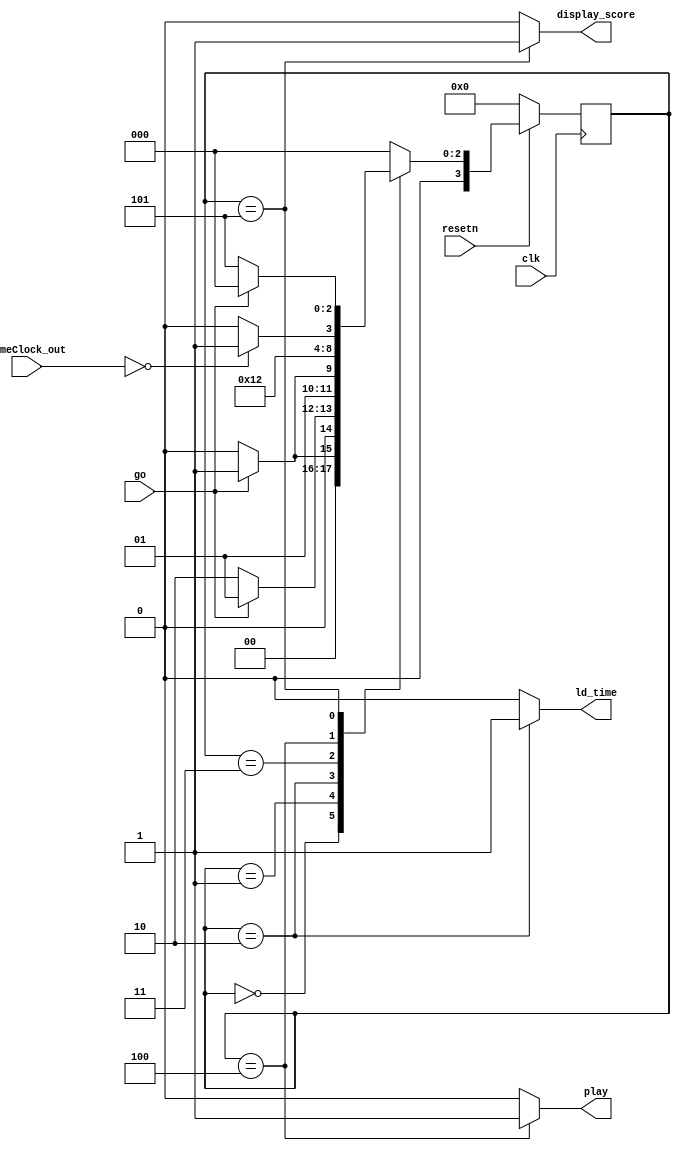
module game_controller(
    input clk,
    input resetn,
    input go,
    input [3:0] gameClock_out,

    output reg  ld_time, play, display_score
    );

    reg [3:0] current_state, next_state; 
    
    localparam  WELCOME   		= 4'd0,
		S_LOAD_TIME_WAIT	= 4'd1,
		S_LOAD_TIME		= 4'd2,
		S_START_GAME_WAIT	= 4'd3, 
		S_PLAY_GAME   		= 4'd4,
                S_END_SCREEN_SCORE	= 4'd5;

    // Next state logic aka our state table
    always@(*)
    begin: state_table
            case (current_state)
		WELCOME: next_state = go ? S_LOAD_TIME_WAIT : WELCOME;
		S_LOAD_TIME_WAIT: next_state = go ? S_LOAD_TIME_WAIT: S_LOAD_TIME;
		S_LOAD_TIME: next_state = go ? S_START_GAME_WAIT: S_LOAD_TIME;
		S_START_GAME_WAIT: next_state = S_PLAY_GAME;
		S_PLAY_GAME: next_state = (gameClock_out == 4'b0) ? S_END_SCREEN_SCORE: S_PLAY_GAME;
		S_END_SCREEN_SCORE: next_state = go ? WELCOME: S_END_SCREEN_SCORE;

            default:     next_state = WELCOME;
        endcase
    end // state_table
   

    // Output logic aka all of our datapath control signals
    always @(*)
    begin: enable_signals
        // By default make all our signals 0
        ld_time = 1'b0;
	play = 1'b0; 
	display_score = 1'b0; 

        case (current_state)
		S_LOAD_TIME: begin
			ld_time = 1'b1;
		end
            	S_PLAY_GAME: begin
                	play = 1'b1;
                end
            	S_END_SCREEN_SCORE: begin
                	display_score = 1'b1;
                end    
        // default:    // don't need default since we already made sure all of our outputs were assigned a value at the start of the always block
        endcase
    end // enable_signals
   
    // current_state registers
    always@(posedge clk)
    begin: state_FFs
        if(!resetn)
            current_state <= WELCOME;
        else
            current_state <= next_state;
    end // state_FFS
endmodule